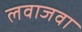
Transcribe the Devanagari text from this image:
लवाजवा